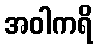
အဝါကရိ